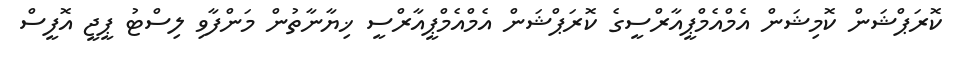
ކޮރަޕްޝަން ކޮމިޝަން އެމްއެމްޕީއާރްސީގެ ކޮރަޕްޝަން އެމްއެމްޕީއާރްސީ ޚިޔާނާތުން މަންފާވި ލިސްޓު ޕީޖީ އޮފީސް